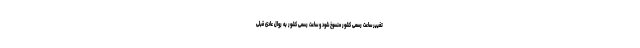
تغییر ساعت رسمی کشور منسوخ شود و ساعت رسمی کشور به روال عادی قبلی